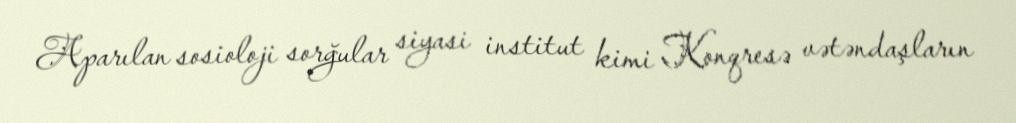
Aparılan sosioloji sorğular siyasi institut kimi Konqresə vətəndaşların